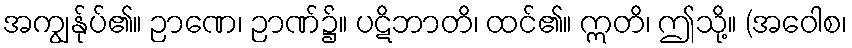
အကျွန်ုပ်၏။ ဉာဏေ၊ ဉာဏ်၌။ ပဋိဘာတိ၊ ထင်၏။ ဣတိ၊ ဤသို့။ (အဝေါစ၊